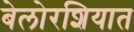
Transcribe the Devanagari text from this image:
बेलोरशियात